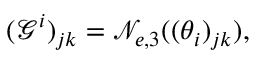
( \mathcal { G } ^ { i } ) _ { j k } = \mathcal { N } _ { e , 3 } ( ( \theta _ { i } ) _ { j k } ) ,